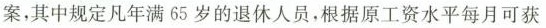
案，其中规定凡年满65岁的退休人员，根据原工资水平每月可获